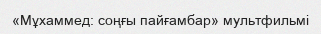
«Мұхаммед: соңғы пайғамбар» мультфильмі